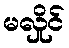
မလှိုင်